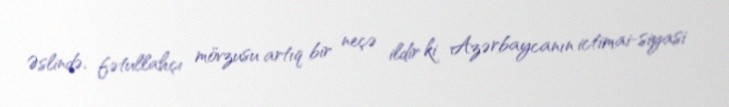
Əslində, fətullahçı mövzusu artıq bir neçə ildir ki Azərbaycanın ictimai-siyasi